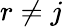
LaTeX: r\not=j